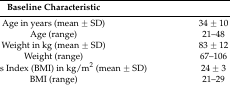
| Baseline Characteristic |  |
 | --- | --- |
 | Age in years (mean ± SD) | 34 ± 10 |
 | Age (range) | 21–48 |
 | Weight in kg (mean ± SD) | 83 ± 12 |
 | Weight (range) | 67–106 |
 | Body Mass Index (BMI) in kg/m2 (mean ± SD) | 24 ± 3 |
 | BMI (range) | 21–29 |